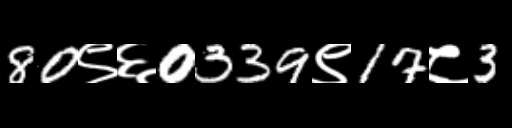
Text: 80९६0339९17८3